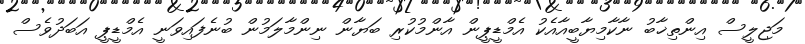
މަޖިލީސް އިންތިޚާބު ނާކާމިޔާބީއާއެކު އެމްޑީޕީން އާންމުކުރި ބަޔާން ނިންމާލަމުން ބުނެފައިވަނީ އެމްޑީޕީ އަބަދުވެސް